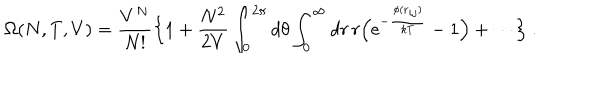
\Omega ( N , T , V ) = { \frac { V ^ { N } } { N ! } } \Bigl \{ 1 + { \frac { N ^ { 2 } } { 2 V } } \int _ { 0 } ^ { 2 \pi } d \theta \int _ { 0 } ^ { \infty } d r \, r \Bigl ( \mathrm { e } ^ { - { \frac { \phi ( { \bf r } _ { i j } ) } { k T } } } - 1 \Bigr ) + \cdots \Bigr \} \ .